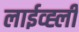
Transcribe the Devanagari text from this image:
लाईव्ह्ली